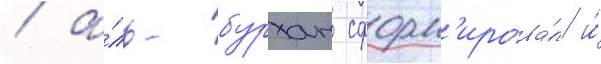
/ а́ль-бурхан сформ'ирова́л и́